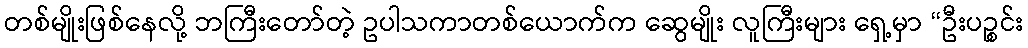
တစ်မျိုးဖြစ်နေလို့ ဘကြီးတော်တဲ့ ဥပါသကာတစ်ယောက်က ဆွေမျိုး လူကြီးများ ရှေ့မှာ “ဦးပဉ္စင်း